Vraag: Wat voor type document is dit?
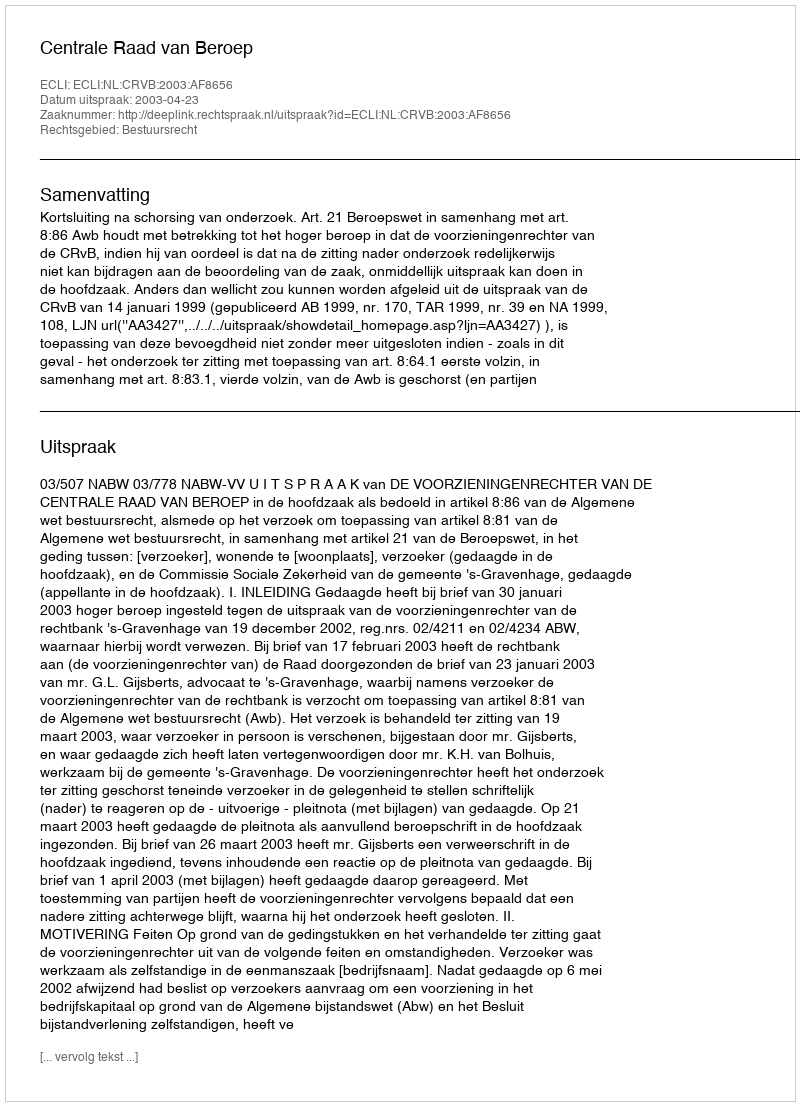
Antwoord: Uitspraak